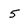
Character: 5